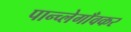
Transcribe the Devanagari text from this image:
पान्च्लेगाँवकर